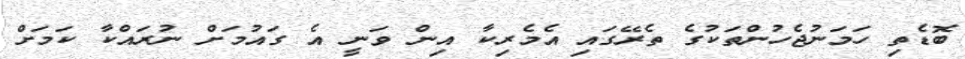
ބޮޑެތި ހަމަނުޖެހުންތަކުގެ ތެރޭގައި އެމެރިކާ އިން ވަނީ އެ ގައުމަށް ނުރައްކާ ކަމަށް